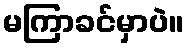
မကြာခင်မှာပဲ။